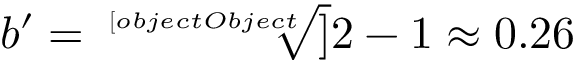
b ^ { \prime } = { \sqrt [ [object Object] ] { 2 } } - 1 \approx 0 . 2 6